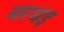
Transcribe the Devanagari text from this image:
मरथइ